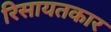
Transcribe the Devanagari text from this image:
रिसायतकार